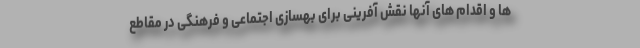
ها و اقدام های آنها نقش آفرینی برای بهسازی اجتماعی و فرهنگی در مقاطع